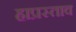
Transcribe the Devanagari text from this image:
हाप्रस्ताव